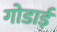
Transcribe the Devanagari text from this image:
गोडाई